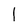
Character: l